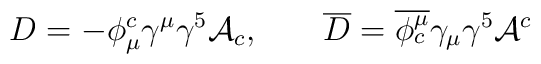
D= -\phi^c_\mu \gamma^\mu\gamma^5 {\cal A}_c , \hspace{0.8cm}      \overline D = \overline{\phi^\mu_c} \gamma_\mu\gamma^5 {\cal A}^c